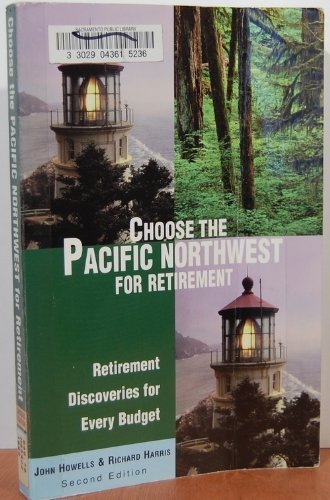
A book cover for Choose the Pacific Northwest for Retirement, 2nd: Retirement Discoveries for Every Budget (Choose Retirement Series); Richard K. Harris; Travel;